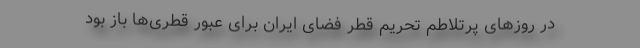
در روزهای پرتلاطم تحریم قطر فضای ایران برای عبور قطری‌ها باز بود